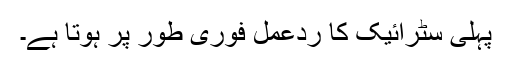
پہلی سٹرائیک کا ردعمل فوری طور پر ہوتا ہے۔